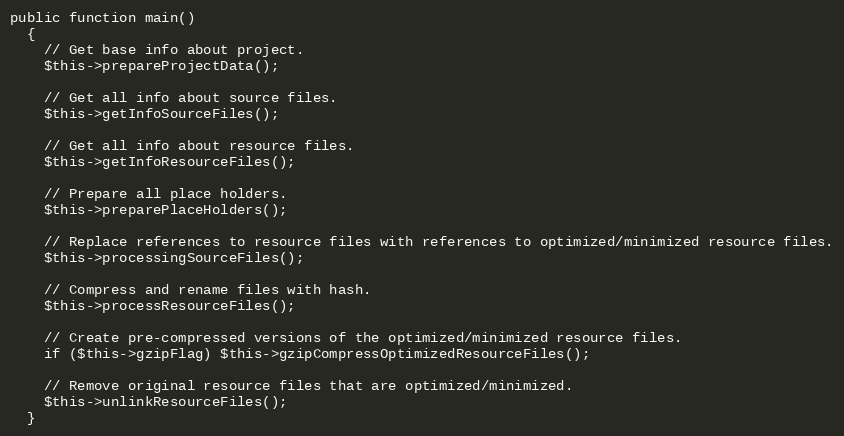
Language: PHP
public function main()
  {
    // Get base info about project.
    $this->prepareProjectData();

    // Get all info about source files.
    $this->getInfoSourceFiles();

    // Get all info about resource files.
    $this->getInfoResourceFiles();

    // Prepare all place holders.
    $this->preparePlaceHolders();

    // Replace references to resource files with references to optimized/minimized resource files.
    $this->processingSourceFiles();

    // Compress and rename files with hash.
    $this->processResourceFiles();

    // Create pre-compressed versions of the optimized/minimized resource files.
    if ($this->gzipFlag) $this->gzipCompressOptimizedResourceFiles();

    // Remove original resource files that are optimized/minimized.
    $this->unlinkResourceFiles();
  }